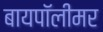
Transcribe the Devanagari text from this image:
बायपॉलीमर